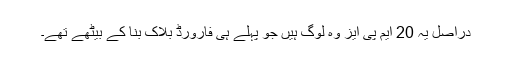
دراصل یہ 20 ایم پی ایز وہ لوگ ہیں جو پہلے ہی فارورڈ بلاک بنا کے بیٹھے تھے۔